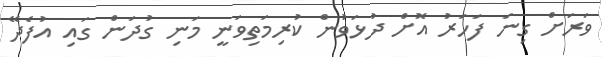
ވަރަށް ގިނަ ފަހަރު އޮށް ދުޅަވުން ކުރިމަތިވަނީ މަނި ގުދަން ގައި އުފެދޭ